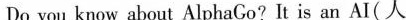
Do you know about AlphaGo?It is an AI( 人